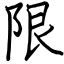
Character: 限